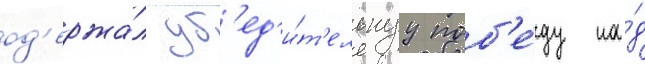
од'ержа́л уб'ед'и́т'ельнуу поб'е́ду на́д